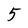
Character: 5